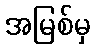
အမြစ်မှ